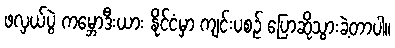
ဖလှယ်ပွဲ ကမ္ဘောဒီးယား နိုင်ငံမှာ ကျင်းပစဉ် ပြောဆိုသွားခဲ့တာပါ။